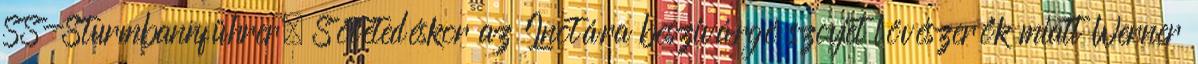
SS-Sturmbannführer. Sötétedéskor az Inotára beszivárgó szovjet lövészerők miatt Werner